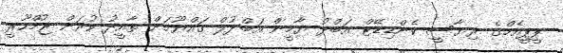
ޕީޕީއެމްގެ ރިޔާސީ ކެންޑިޑޭޓް އަބްދު ޔާމީން އަބްދުލް ގައްޔޫމަށް ތާއީދު ކުރަން ޖުމްހޫރީ